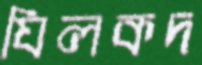
যিলকদ